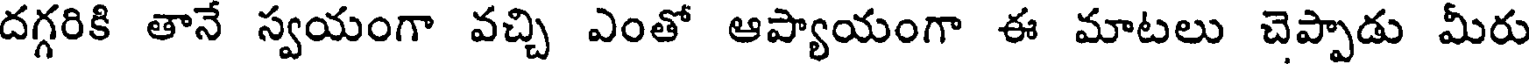
దగ్గరికి తానే స్వయంగా వచ్చి ఎంతో ఆప్యాయంగా ఈ మాటలు చెప్పాడు మీరు